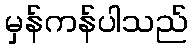
မှန်ကန်ပါသည်